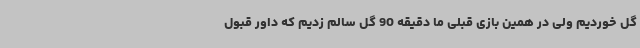
گل خوردیم ولی در همین بازی قبلی ما دقیقه 90 گل سالم زدیم که داور قبول